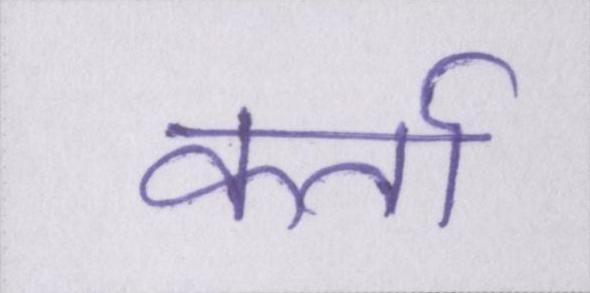
कर्ता